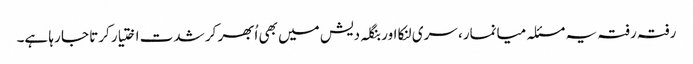
رفتہ رفتہ یہ مسئلہ میانمار، سری لنکا اور بنگلہ دیش میں بھی اُبھر کر شدت اختیار کرتا جا رہا ہے۔